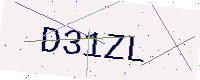
Text: D31ZL